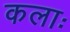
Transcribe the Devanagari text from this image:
कलाः